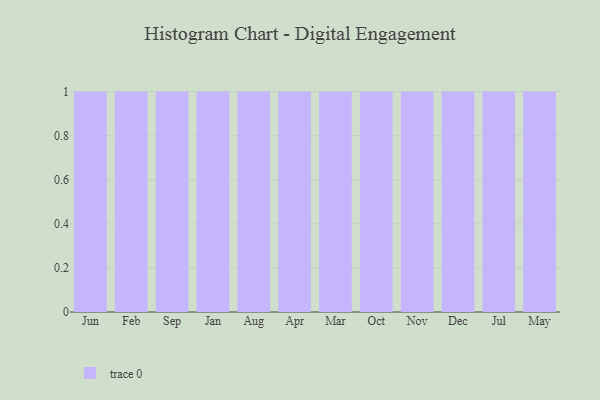
{"axis": {"x": "Month", "y": "Website Visitors"}, "legend": [""], "data": [{"x": "Jun", "y": 20, "type": ""}, {"x": "Feb", "y": 43, "type": ""}, {"x": "Sep", "y": 77, "type": ""}, {"x": "Jan", "y": 94, "type": ""}, {"x": "Aug", "y": 17, "type": ""}, {"x": "Apr", "y": 79, "type": ""}, {"x": "Mar", "y": 67, "type": ""}, {"x": "Oct", "y": 3, "type": ""}, {"x": "Nov", "y": 69, "type": ""}, {"x": "Dec", "y": 43, "type": ""}, {"x": "Jul", "y": 44, "type": ""}, {"x": "May", "y": 75, "type": ""}]}